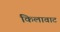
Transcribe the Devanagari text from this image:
किलावाट